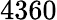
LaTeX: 4360